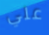
علي